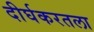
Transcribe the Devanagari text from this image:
दीर्घकरतला